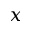
x _ { \l }